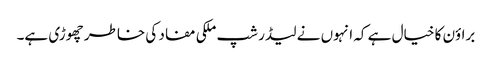
براؤن کا خیال ہے کہ انہوں نے لیڈر شپ ملکی مفاد کی خاطر چھوڑی ہے۔